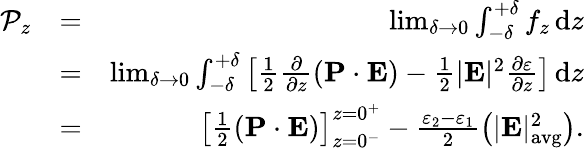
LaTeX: \begin{array}{rlr}{\mathcal{P}_{z}}&{=}&{\operatorname*{lim}_{\delta\to 0}\int_{-\delta}^{+\delta}f_{z}\, \mathrm{d}z}\\ &{=}&{\operatorname*{lim}_{\delta\to 0}\int_{-\delta}^{+\delta}\left[\frac{1}{2}\frac{\partial}{\partial z}\left(\mathbf P\cdot\mathbf E\right)-\frac{1}{2}|\mathbf E|^{2}\frac{\partial\varepsilon}{\partial z}\right]\, \mathrm{d}z}\\ &{=}&{\left[\frac{1}{2}(\mathbf P\cdot\mathbf E)\right]_{z=0^{-}}^{z=0^{+}}-\frac{\varepsilon_{2}-\varepsilon_{1}}{2}\left(|\mathbf E|_{\mathrm{avg}}^{2}\right).}\end{array}